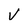
Character: v